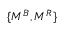
\{ { \cal M } ^ { B } , { \cal M } ^ { R } \}